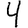
Digit: 4